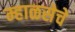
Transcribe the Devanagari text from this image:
म्हाळसेचे